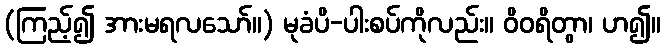
(ကြည့်၍ အားမရလသော်။) မုခံပိ-ပါးစပ်ကိုလည်း။ ဝိဝရိတွာ၊ ဟ၍။